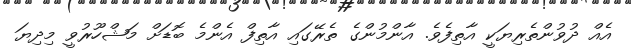
އެއް ދުވުންތެރިޔަކީ އާތިފެވެ. އާންމުންގެ ތެރޭގައި އާތިފް އެންމެ ބޮޑަށް މަޝްހޫރުވީ މިދިޔަ